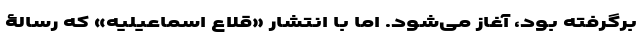
برگرفته بود، آغاز می‌شود. اما با انتشار «قلاع اسماعیلیه» که رسالۀ